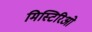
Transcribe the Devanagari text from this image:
मिस्टिरिओ